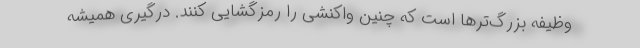
وظیفه بزرگ‌ترها است که چنین واکنشی را رمزگشایی کنند. درگیری همیشه